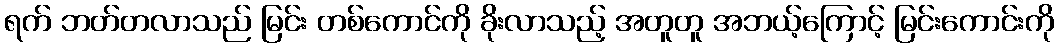
ရက် ဘတ်တလာသည် မြင်း တစ်ကောင်ကို ခိုးလာသည့် အတူတူ အဘယ့်ကြောင့် မြင်းကောင်းကို